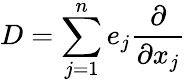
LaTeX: D=\sum_{j=1}^{n}e_{j}{\frac{\partial}{\partial x_{j}}}